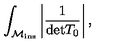
\int _ { { \cal M } _ { \mathrm { i n s } } } \left\vert \frac { 1 } { \mathrm { d e t } T _ { 0 } } \right\vert ,